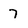
Character: 7